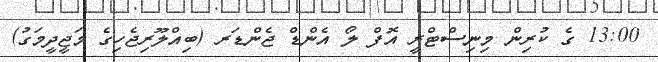
13:00 ގެ ކުރިން މިނިސްޓްރީ އޮފް ލޯ އެންޑް ޖެންޑަރ (ބިއްލޫރިޖެހިގެ މަޖީދީމަގު)